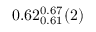
0 . 6 2 _ { 0 . 6 1 } ^ { 0 . 6 7 } ( 2 )